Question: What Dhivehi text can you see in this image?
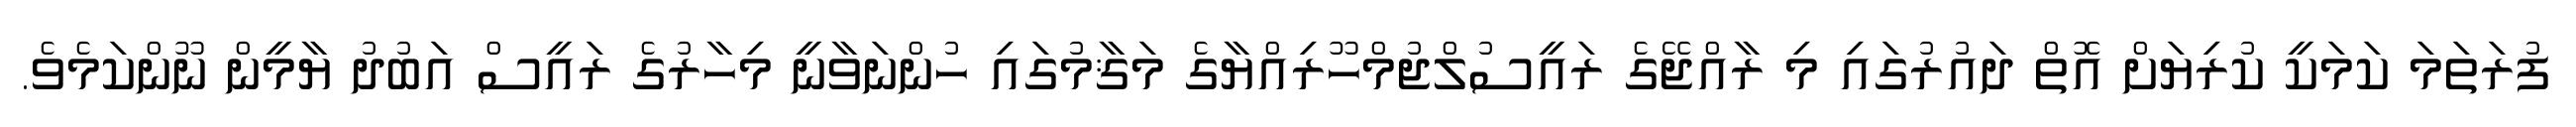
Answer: ފުރަތަމަ ކަމަކީ ކުރިޔަށް އޮތް ދައުރުގައި މި ރާއްޖޭގެ ރައީސުލްޖުމްހޫރިއްޔާގެ މަޤާމުގައި ހުންނަވާނީ މިހާރުގެ ރައީސް އަބުދު ޔާމީން ނޫންކަމެވެ.